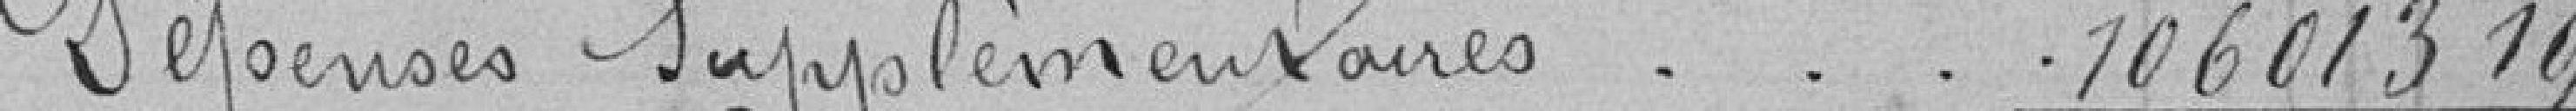
Dépenses supplémentaires 106013.19